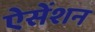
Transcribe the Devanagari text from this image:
ऐसेंशन